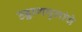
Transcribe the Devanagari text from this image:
उड्डाणपुलांचे